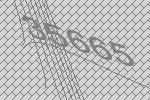
35665